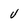
Character: V